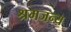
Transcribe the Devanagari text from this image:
श्रमजन्य